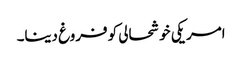
امریکی خوشحالی کو فروغ دینا۔